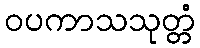
ဝပကာသသုတ္တံ